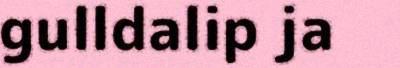
gulldalip ja